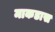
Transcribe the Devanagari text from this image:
माकडास